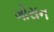
ગોસન